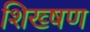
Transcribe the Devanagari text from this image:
शिख्षण